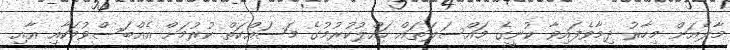
މާލެއަށް މިހާރު ދިމާވެފައިވާ ކުނީގެ މައްސަލަތައް ހައްލުކުރުމުގެ މަސައްކަތް ކުރުމަށް އެއްބަސްވުމަކާއި އާއި